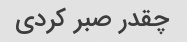
چقدر صبر کردی